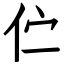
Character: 伫